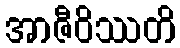
အာဇီဝိဿတိ